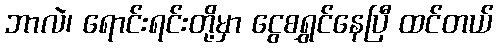
ဘာလဲ၊ ရောင်းရင်းတို့မှာ ငွေစရွှင်နေပြီ ထင်တယ်